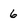
Character: 6